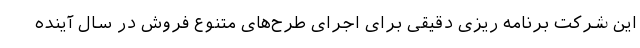
این شرکت برنامه ریزی دقیقی برای اجرای طرح‌های متنوع فروش در سال آینده